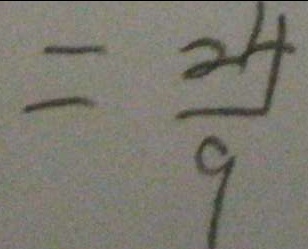
= \frac { 2 4 } { 9 }